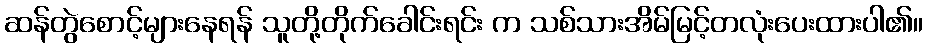
ဆန်တွဲစောင့်များနေရန် သူတို့တိုက်ခေါင်းရင်း က သစ်သားအိမ်မြင့်တလုံးပေးထားပါ၏။